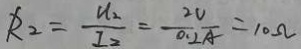
R _ { 2 } = \frac { u _ { 2 } } { I _ { 2 } } = \frac { 2 V } { 0 . 2 A } = 1 0 \Omega